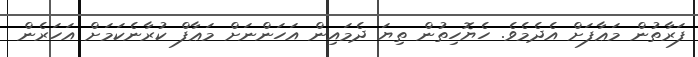
ފަރާތުން މަޢާފަށް އެދެމެވެ. ހެޔޮހިތުން ތިޔަ ދެމައިން އަހަންނަށް މަޢާފް ކުރާނެކަމަށް އަހަރެން